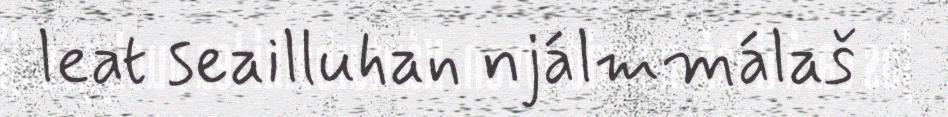
leat seailluhan njálmmálaš